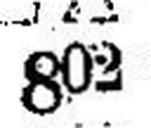
802